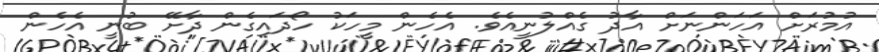
އުމުރަށް އަހަންނަށް އާދު ގެއްލުނީއެވެ. އެހެން މީހަކު ހޯދައިގެން ދާށޭ ބުނީ އެހެން